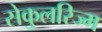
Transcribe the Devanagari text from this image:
सेकुलरिज्म